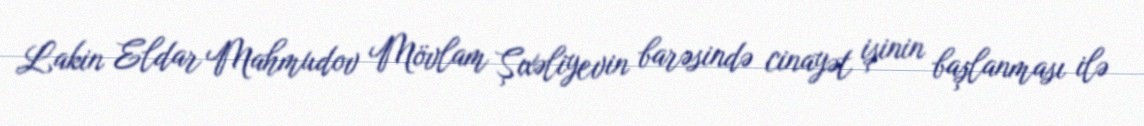
Lakin Eldar Mahmudov Mövlam Şıxəliyevin barəsində cinayət işinin başlanması ilə